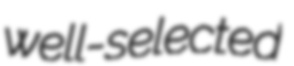
well-selected